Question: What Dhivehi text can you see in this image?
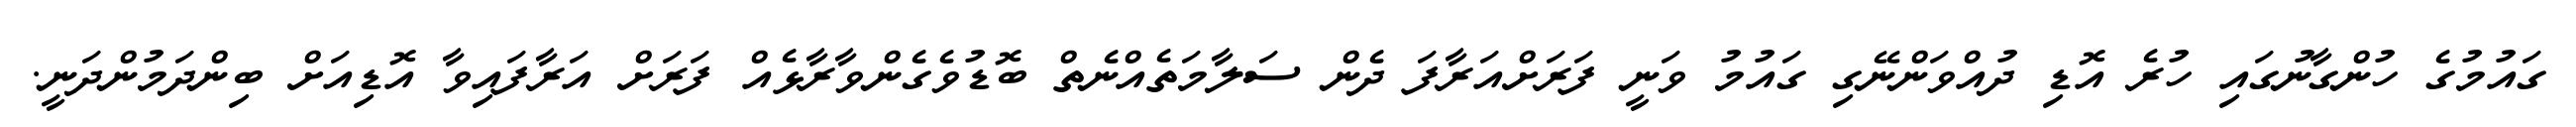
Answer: ގައުމުގެ ހުންގާނުގައި ހުރެ އޮޑި ދުއްވަންނޭގި ގައުމު ވަނީ ފަރަށްއަރާފަ ދެން ސަލާމަތެއްނެތް ބޮޑުވެގެންވާރާޅެއް ފަރަށް އަރާފައިވާ އޮޑިއަށް ބިންދަމުންދަނީ.